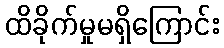
ထိခိုက်မှုမရှိကြောင်း